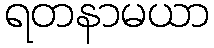
ရတနာမယာ